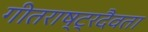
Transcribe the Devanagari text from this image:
गीतराष्ट्रदैवता